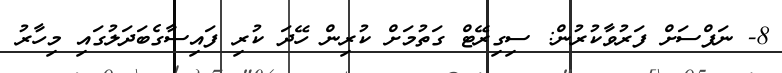
8- ނަފްސަށް ފަރުވާކުރުން: ސިގިރޭޓް ގަތުމަށް ކުރިން ހޭދަ ކުރި ފައިސާގެބަދަލުގައި މިހާރު